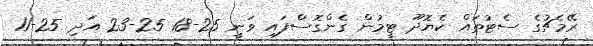
ރޭމެޗުގެ ސެޓުތައް ކެޔޮދޫ ޓީމުން ގެންގޮސްފައި ވަނީ 25-18 25-23 އަދި 25-11